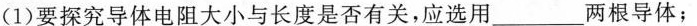
(1)要探究导体电阻大小与长度是否有关，应选用_____两根导体；